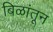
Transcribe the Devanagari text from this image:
बिळांतून